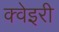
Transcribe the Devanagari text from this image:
क्वेइरी